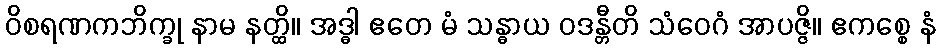
ဝိစရဏကဘိက္ခု နာမ နတ္ထိ။ အဒ္ဓါ ဧတေ မံ သန္ဓာယ ဝဒန္တီတိ သံဝေဂံ အာပဇ္ဇိ။ ဧကစ္စေ နံ